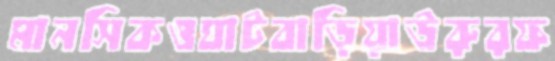
মানসিকওঘাটবাড়িয়াউরুরফ